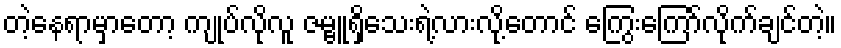
တဲ့နေရာမှာတော့ ကျုပ်လိုလူ ဇမ္ဗူရှိသေးရဲ့လားလို့တောင် ကြွေးကြော်လိုက်ချင်တဲ့။